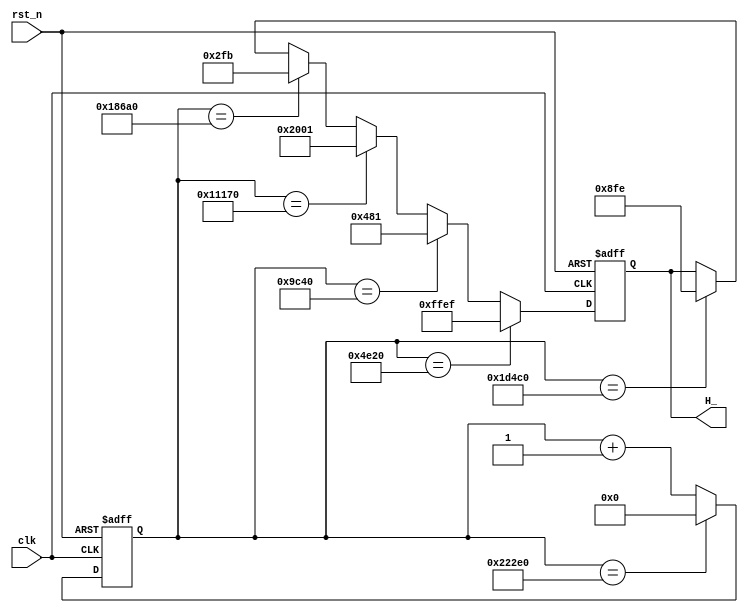
/*
file name: top_cpld.v

*/

module top_cpld(
input clk,			//50Hz
input rst_n,		
output [15:0] H_
);

//
reg[31:0] timer;
reg[15:0] led_H;

assign H_ = led_H;

always @(posedge clk or negedge rst_n)// 
	if(~rst_n)
		timer <= 0;// 
	else if(timer == 32'd00_140_000)
		timer <= 0;//
	else
		timer <= timer + 1'b1;//+1


always @(posedge clk or negedge rst_n)
	if(~rst_n)
		led_H <= 16'b1111_1111_0000_1111;
	else if(timer == 32'd00_020_000)
		led_H <= 16'b1111_1111_1110_1111;//
	else if(timer == 32'd00_040_000)
		led_H <= 16'b0000_0100_1000_0001;//1
	else if(timer == 32'd00_070_000)
		led_H <= 16'b0010_0000_0000_0001;//2
	else if(timer == 32'd00_100_000)
		led_H <= 16'b0000_0010_1111_1011;
	else if(timer == 32'd00_120_000)
		led_H <= 16'b0000_1000_1111_1110;
	else
		led_H <= led_H;
endmodule